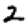
Digit: 2